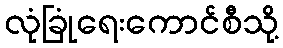
လုံခြုံရေးကောင်စီသို့